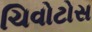
ચિવોટોસ